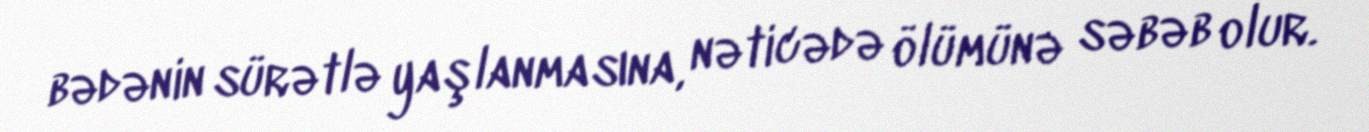
bədənin sürətlə yaşlanmasına, nəticədə ölümünə səbəb olur.